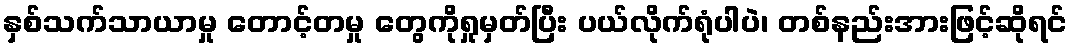
နှစ်သက်သာယာမှု တောင့်တမှု တွေကိုရှုမှတ်ပြီး ပယ်လိုက်ရုံပါပဲ၊ တစ်နည်းအားဖြင့်ဆိုရင်